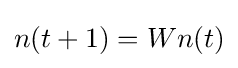
n(t+1)=Wn(t)